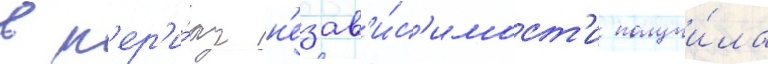
в п'ер'и́од н'езав'и́с'имост'и получи́ла